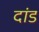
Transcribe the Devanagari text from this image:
दांड